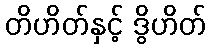
တိဟိတ်နှင့် ဒွိဟိတ်